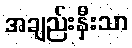
အချည်းနှီးသာ